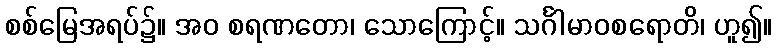
စစ်မြေအရပ်၌။ အဝ စရဏတော၊ သောကြောင့်။ သင်္ဂါမာဝစရောတိ၊ ဟူ၍။